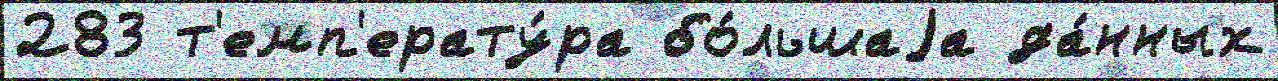
283 т'емп'ерату́ра бо́льшаjа да́нных